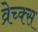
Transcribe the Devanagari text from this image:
व्रेच्क्स